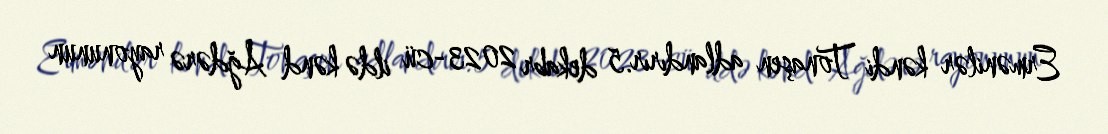
Ermənilər kəndi Tonaşen adlandırır.5 dekabr 2023-cü ildə kənd Ağdərə rayonunun